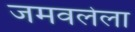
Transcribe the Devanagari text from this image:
जमवलेला